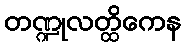
တဏ္ဍုလတ္ထိကေန